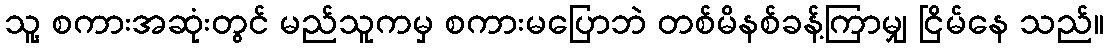
သူ့ စကားအဆုံးတွင် မည်သူကမှ စကားမပြောဘဲ တစ်မိနစ်ခန့်ကြာမျှ ငြိမ်နေ သည်။